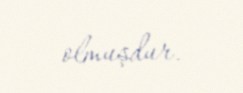
olmuşdur.